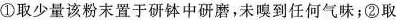
①取少量该粉末置于研钵中研磨，未嗅到任何气味；②取